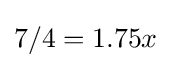
7/4=1.75x